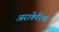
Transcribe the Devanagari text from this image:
अराकेरिया